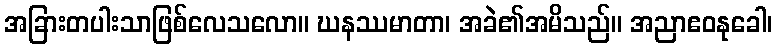
အခြားတပါးသာဖြစ်လေသလော။ ဃနဿမာတာ၊ အခဲ၏အမိသည်။ အညာဧဝနုခေါ၊